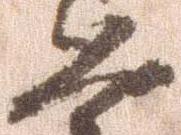
恐